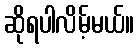
ဆိုရပါလိမ့်မယ်။